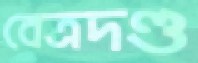
বেত্রদণ্ড